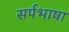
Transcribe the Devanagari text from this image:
सर्पभाषा